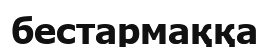
бестармаққа